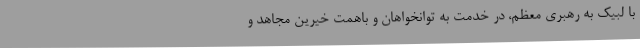
با لبیک به رهبری معظم، در خدمت به توانخواهان و باهمت خیرین مجاهد و